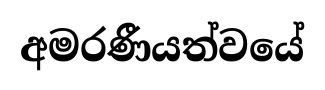
අමරණීයත්වයේ